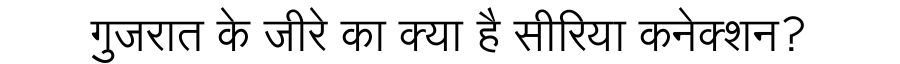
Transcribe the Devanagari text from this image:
गुजरात के जीरे का क्या है सीरिया कनेक्शन?